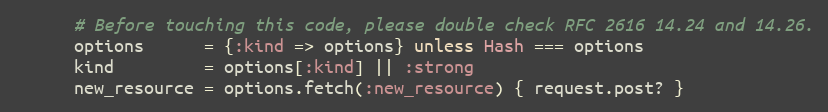
Language: Ruby
      # Before touching this code, please double check RFC 2616 14.24 and 14.26.
      options      = {:kind => options} unless Hash === options
      kind         = options[:kind] || :strong
      new_resource = options.fetch(:new_resource) { request.post? }